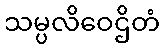
သမ္ပလိဝေဌိတံ